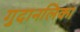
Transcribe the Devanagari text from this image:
गुदानलिका